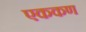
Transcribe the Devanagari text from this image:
एककण